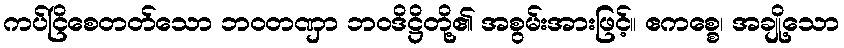
ကပ်ငြိစေတတ်သော ဘဝတဏှာ ဘဝဒိဋ္ဌိတို့၏ အစွမ်းအားဖြင့်။ ဧကစ္စေ၊ အချို့သော